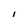
Character: I